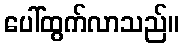
ပေါ်ထွက်လာသည်။